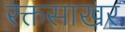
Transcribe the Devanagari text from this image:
रक्तसाखर